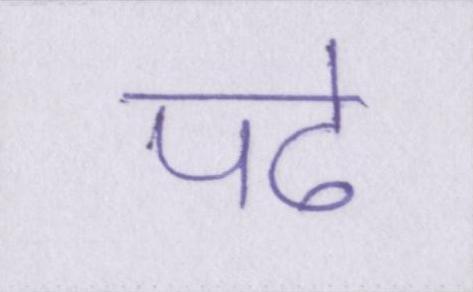
पढे